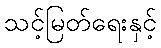
သင့်မြတ်ရေးနှင့်